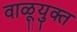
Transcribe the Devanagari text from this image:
वाळूयुक्त